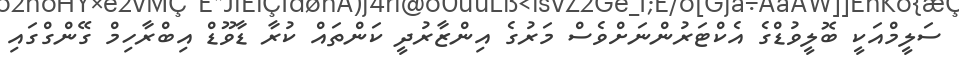
ސަލީމްއަކީ ބޮލީވުޑްގެ އެކްޓަރުންނަށްވެސް މަރުގެ އިންޒާރުދީ ކަންތައް ކުރާ ޑާވޫޑް އިބްރާހިމް ގޭންގްގައި